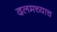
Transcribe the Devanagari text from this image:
दलमच्याच